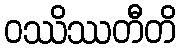
ဝဿိဿတီတိ